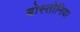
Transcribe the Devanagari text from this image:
बोस्तोनिया